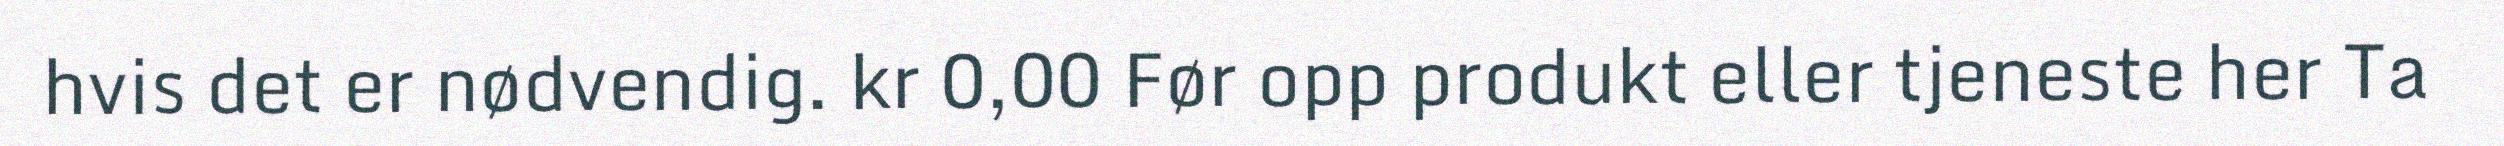
hvis det er nødvendig. kr 0,00 Før opp produkt eller tjeneste her Ta